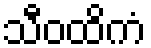
သီဝထိကံ